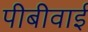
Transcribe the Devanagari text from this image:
पीबीवाई